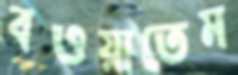
বওয়াতেম